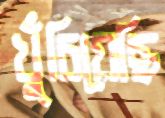
খুঁচিয়েছি